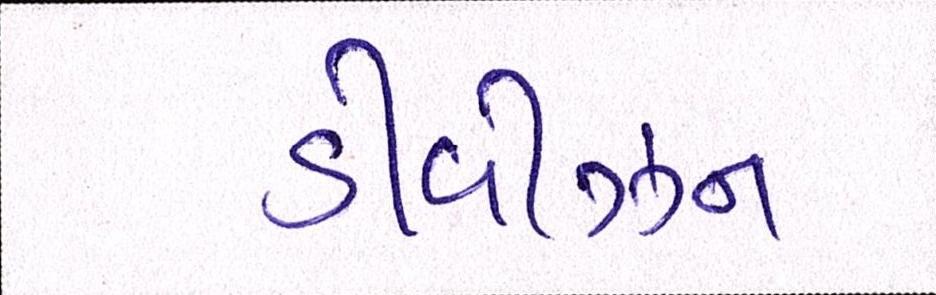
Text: ડીવીઝન